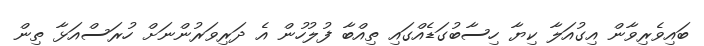
ބައިވެރިވާން އިގުއަލާ ކިޔާ ހިސާބުގަޑެއްގައި ތިއްބާ ފުލުހުން އެ ދަރިވަރުންނަށް ހުރަސްއަޅާ ތިން